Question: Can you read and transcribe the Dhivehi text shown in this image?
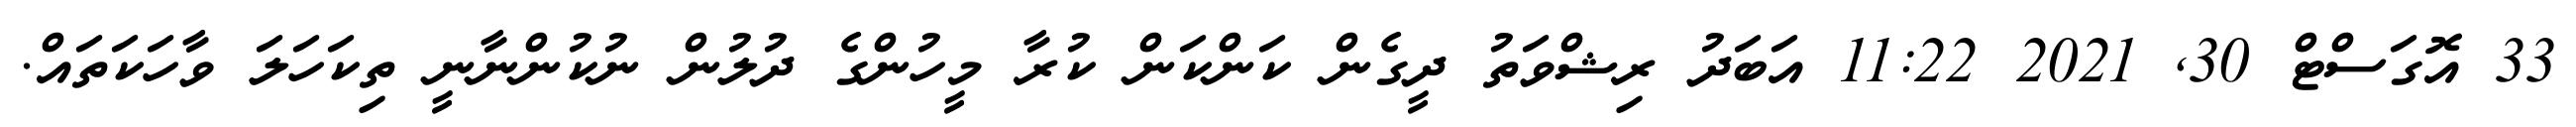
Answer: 33 އޮގަސްޓް 30, 2021 11:22 އަބަދު ރިޝްވަތު ދީގެން ކަންކަން ކުރާ މީހުންގެ ދުލުން ނުކުންނާނީ ތިކަހަލަ ވާހަކަތައް.